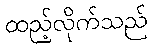
ထည့်လိုက်သည်